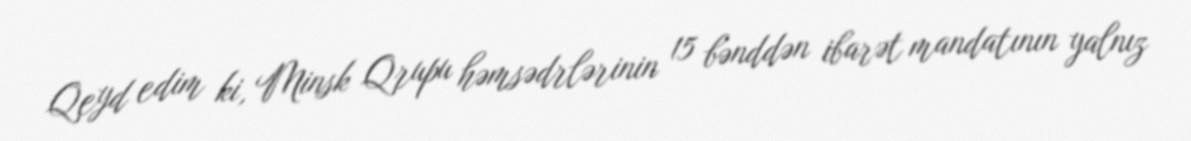
Qeyd edim ki, Minsk Qrupu həmsədrlərinin 15 bənddən ibarət mandatının yalnız